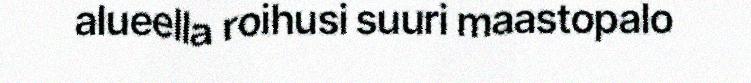
alueella roihusi suuri maastopalo